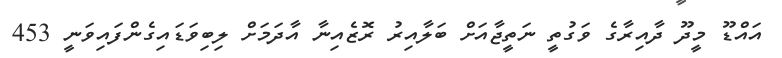
އައްޑޫ މީދޫ ދާއިރާގެ ވަގުތީ ނަތީޖާއަށް ބަލާއިރު ރޮޒެއިނާ އާދަމަށް ލިބިވަޑައިގެންފައިވަނީ 453